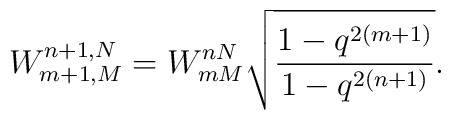
W_{m+1,M}^{n+1,N}= W_{mM}^{nN}\sqrt{\frac{1-q^{2(m+1)}}{1-q^{2(n+1)}}}.